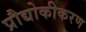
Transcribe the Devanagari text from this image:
प्रौद्योकीकरण